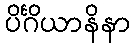
ပိင်္ဂိယာနိနာ